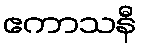
ဧကာသနီ